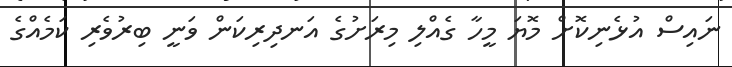
ނައިސް އުޅެނިކޮށް މޮޔަ މީހާ ގެއްލި މިރަށުގެ އަނދިރިކަން ވަނީ ބިރުވެރި ކަމެއްގެ